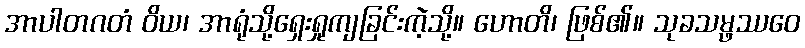
အာပါတဂတံ ဝိယ၊ အာရုံသို့ရှေးရှုကျခြင်းကဲ့သို့။ ဟောတိ၊ ဖြစ်၏။ သုခသမ္ဖဿဝေ